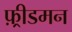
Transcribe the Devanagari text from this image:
फ़्रीडमन